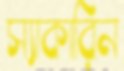
স্যাকারিন